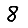
Digit: 8